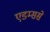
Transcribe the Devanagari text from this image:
एडम्ससे